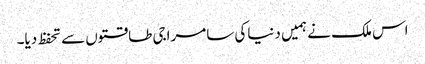
اس ملک نے ہمیں دنیاکی سامراجی طاقتوں سے تحفظ دیا۔